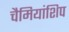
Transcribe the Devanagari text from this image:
चैमियांशिप